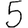
Digit: 5